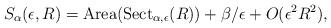
LaTeX: \begin{align*}S_{\alpha}(\epsilon,R) =\textnormal{Area}(\textnormal{Sect}_{\alpha, \epsilon}(R))+\beta/\epsilon + O(\epsilon^{2}R^{2}),\end{align*}